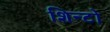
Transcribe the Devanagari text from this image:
शिन्टो